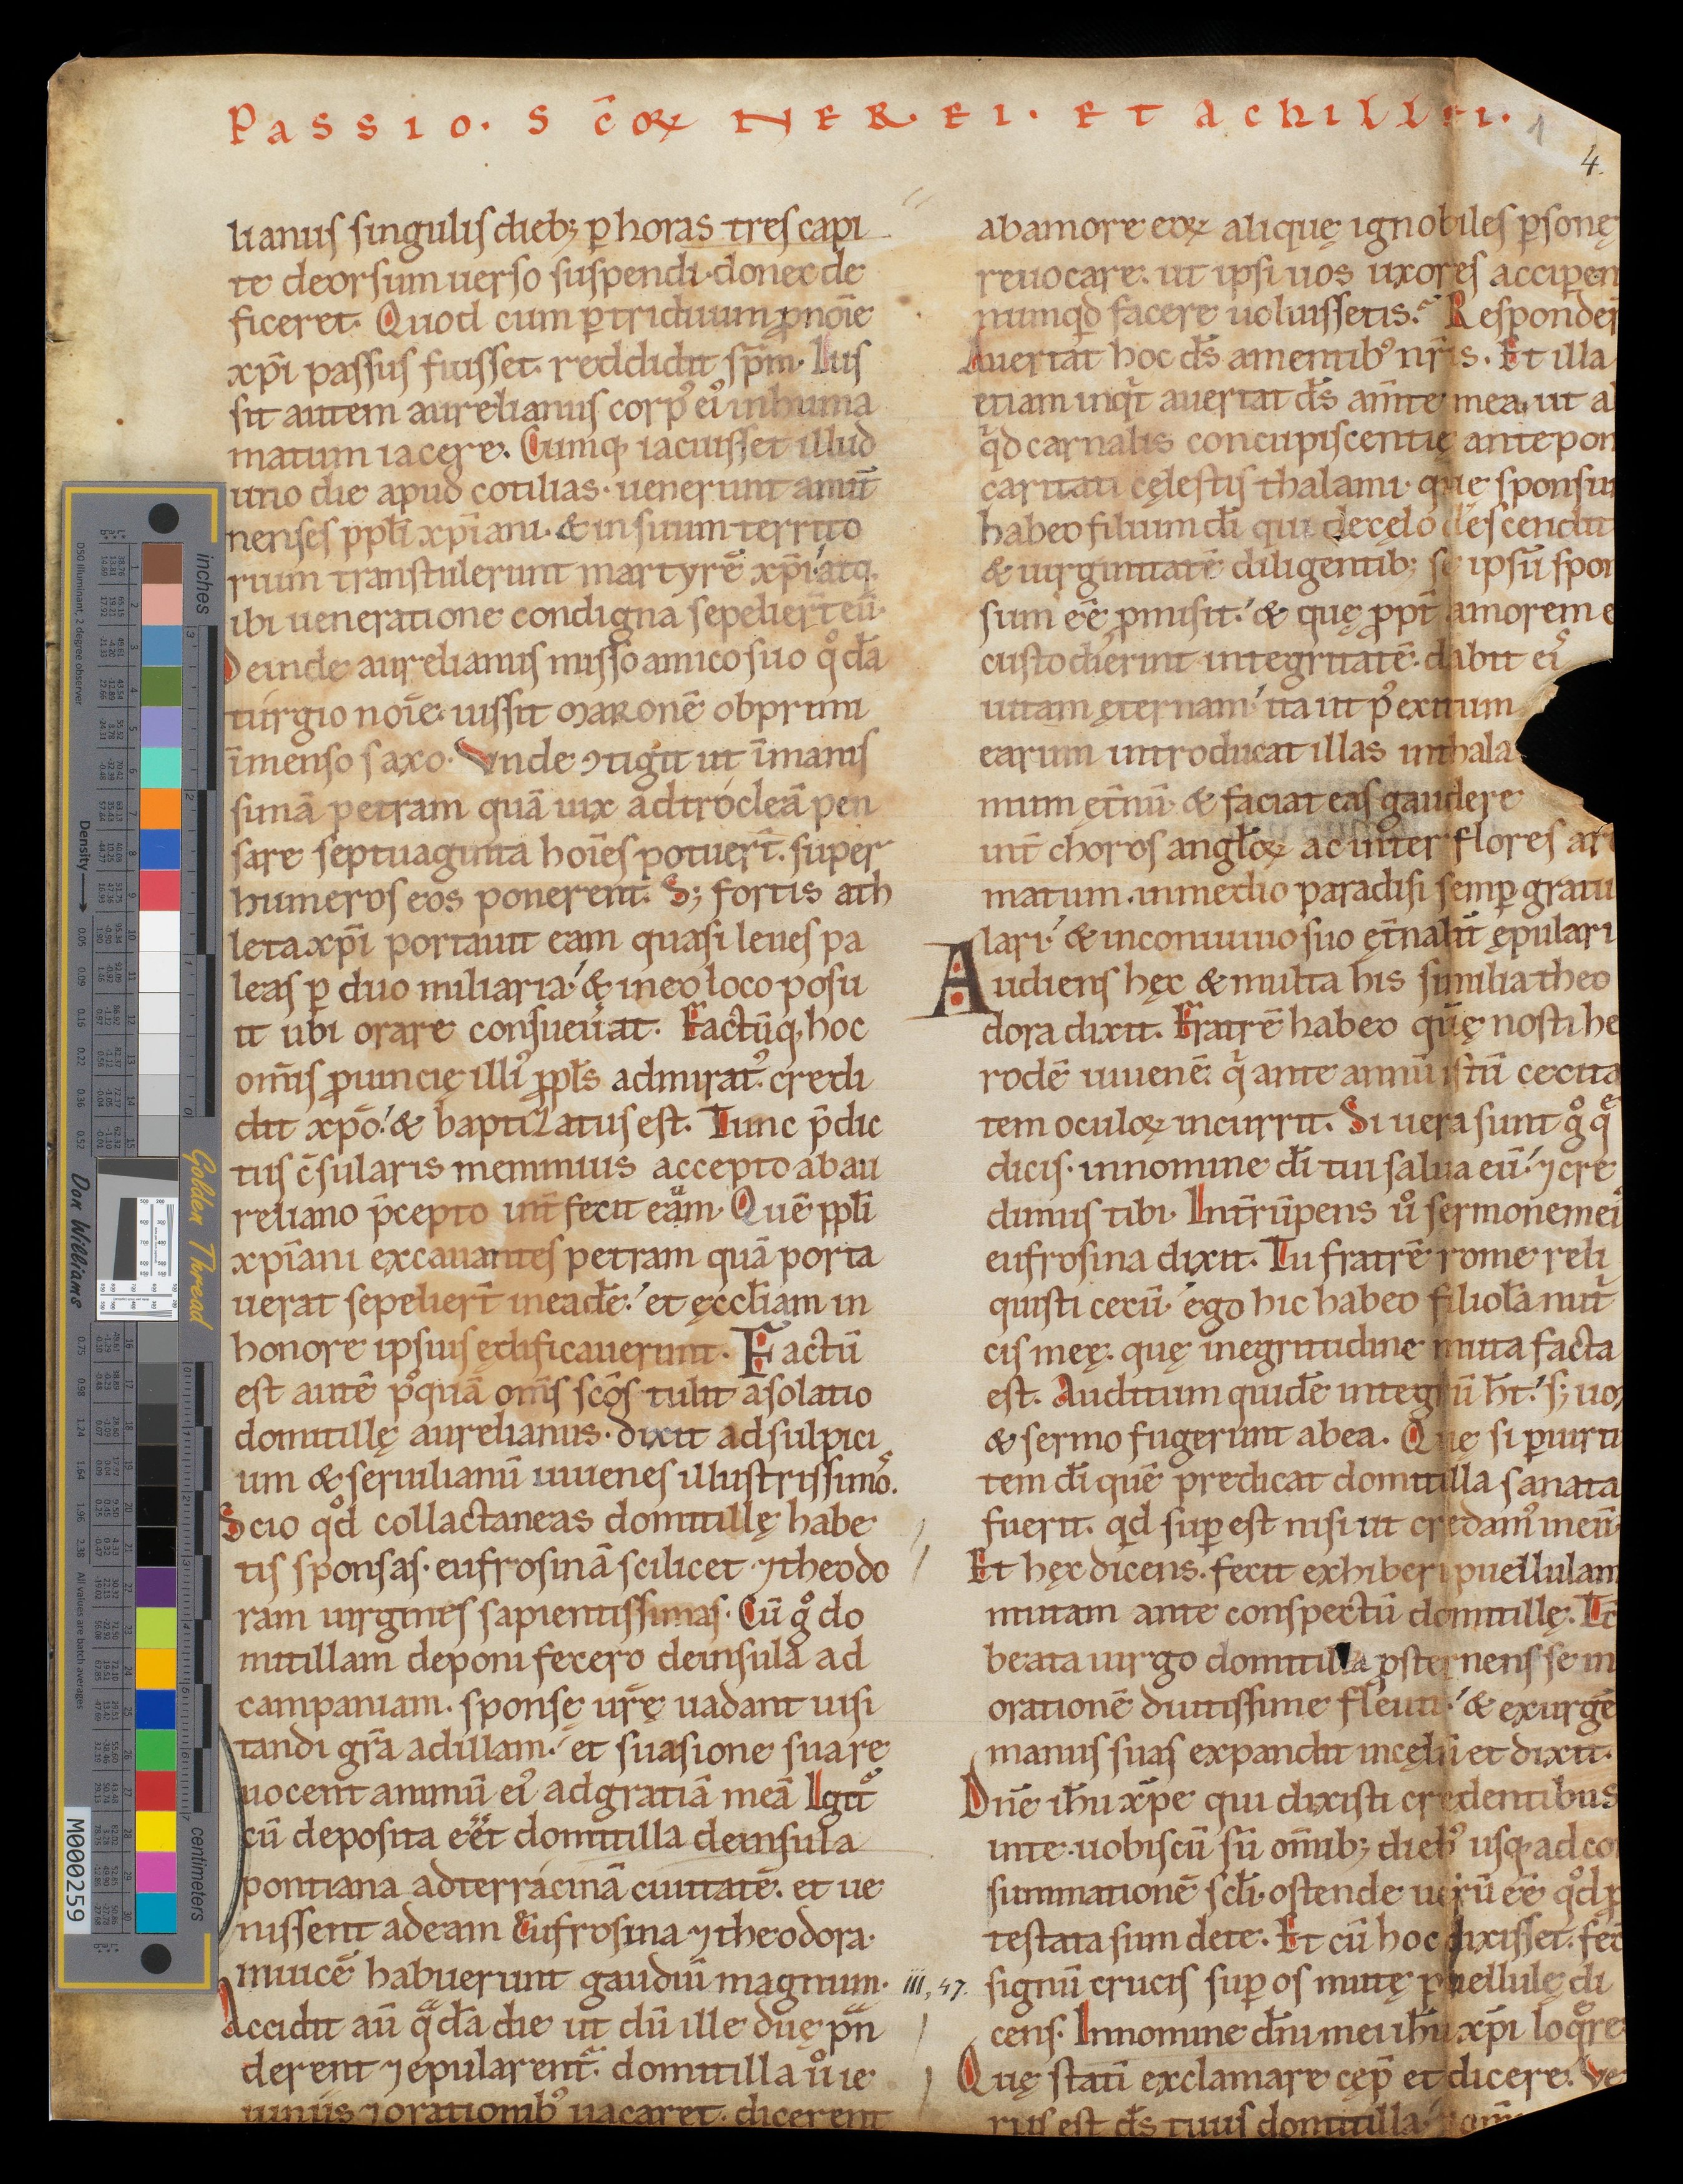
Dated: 1140–1170